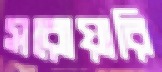
সরোয়ারি